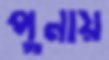
পুনায়